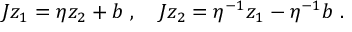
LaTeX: J z _ { 1 } = \eta z _ { 2 } + b ~ , ~ ~ ~ J z _ { 2 } = \eta ^ { - 1 } z _ { 1 } - \eta ^ { - 1 } b ~ .